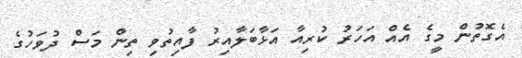
އެގޮތުން މީގެ އެއް އަހަރު ކުރިއާ އަޅާބަލާއިރު ފާއިތުވި ތިން މަސް ދުވަހުގެ